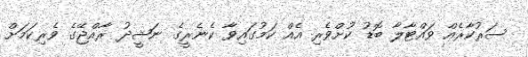
ސަރުކާރެއް ވައްޓާލާ ބޮޑު ކުށްވެރި އެއް ކަމުގައިވާ ކެނެރީގެ ނަޝީދު ރާއްޖޭގެ ވެރިކަމަށް